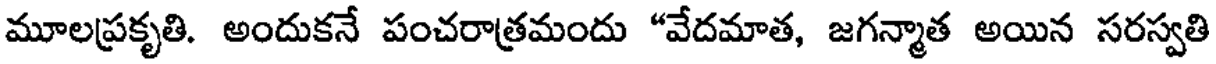
మూలప్రకృతి. అందుకనే పంచరాత్రమందు "వేదమాత, జగన్మాత అయిన సరస్వతి